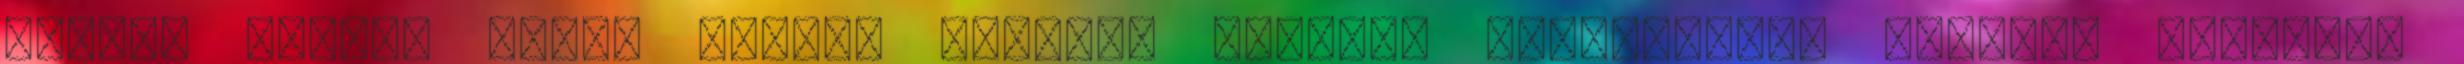
pénzt: Kassai Márta védőnő Ferhécz Dominik SEREGÉLYESI KISBÍRÓ FELHÍVÁS